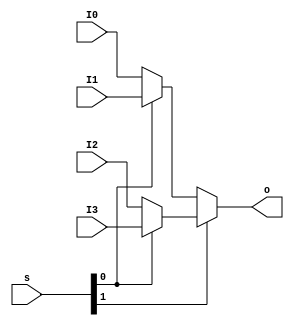
module MUX4T1_32(
    input [31:0] I0,
    input [31:0] I1,
    input [31:0] I2,
    input [31:0] I3,
    input [1:0] s,
    output [31:0] o
    );
    
    assign o = s[1] ? (s[0] ? I3 : I2) : (s[0] ? I1 : I0);
    
endmodule